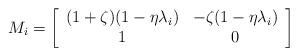
LaTeX: \begin{align*}M_i = \left[\begin{array}{cc}(1+\zeta)(1 - \eta \lambda_i) & -\zeta(1 - \eta \lambda_i) \\ 1 & 0\end{array}\right] \end{align*}